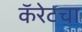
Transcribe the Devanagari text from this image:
कॅरेटचा